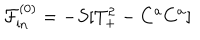
\mathcal { F } _ { \mathrm { i n } } ^ { ( 0 ) } = - S [ T _ { + } ^ { 2 } - C ^ { a } C ^ { a } ]